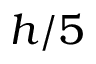
h / 5